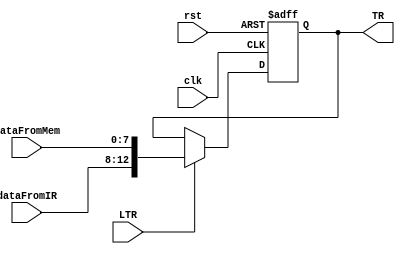
module TR(input clk, rst, input LTR, input [4:0] dataFromIR,  input[7:0] dataFromMem, output reg [12:0] TR);
  always@(posedge clk, posedge rst) begin
    if(rst)
      TR <= 13'b0;
    else
      if(LTR)
        TR <= {dataFromIR, dataFromMem};
      else
        TR <= TR;
  end
endmodule